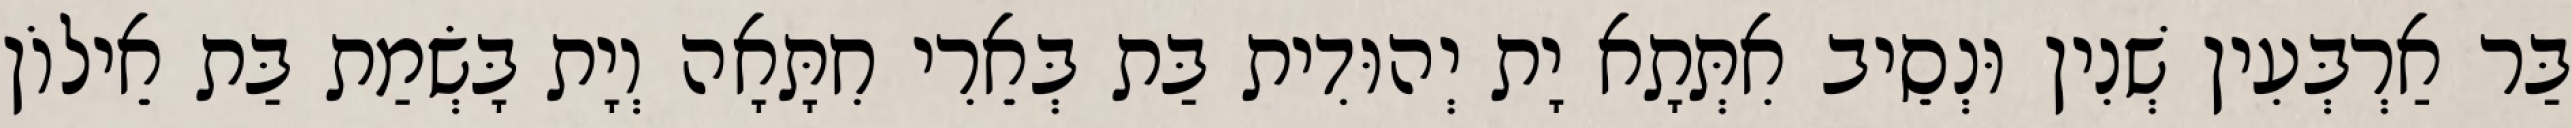
בַּר אַרְבְּעִין שְׁנִין וּנְסֵיב אִתְּתָא יָת יְהוּדִית בַּת בְּאֵרִי חִתָּאָה וְיָת בָּשְׂמַת בַּת אֵילוֹן